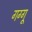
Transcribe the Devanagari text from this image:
गग्गू